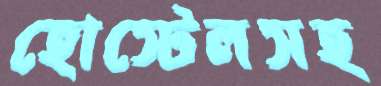
হোস্টেলসহ